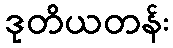
ဒုတိယတန်း